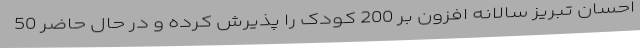
احسان تبریز سالانه افزون بر 200 کودک را پذیرش کرده و در حال حاضر 50